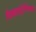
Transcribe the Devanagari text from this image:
दिखाई।सितम्बर